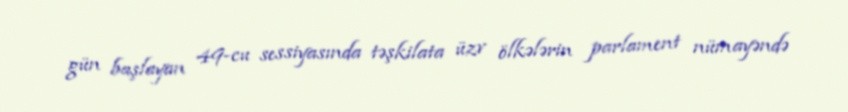
gün başlayan 49-cu sessiyasında təşkilata üzv ölkələrin parlament nümayəndə